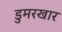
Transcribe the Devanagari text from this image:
डुमरखार